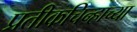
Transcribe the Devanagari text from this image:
प्रतीकचिन्हाच्या